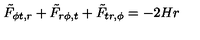
{ \tilde { F } } _ { \phi t , r } + { \tilde { F } } _ { r \phi , t } + { \tilde { F } } _ { t r , \phi } = - 2 H r